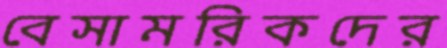
বেসামরিকদের